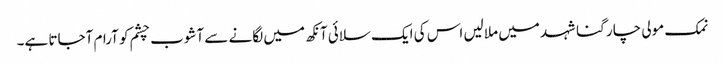
نمک مولی چار گنا شہد میں ملالیں اس کی ایک سلائی آنکھ میں لگانے سے آشوب چشم کو آرام آجاتا ہے۔